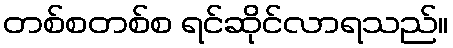
တစ်စတစ်စ ရင်ဆိုင်လာရသည်။